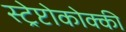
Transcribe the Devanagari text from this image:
स्ट्रेप्टोकोक्की